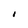
Character: i